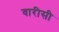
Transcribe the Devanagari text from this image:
वारीसी